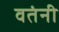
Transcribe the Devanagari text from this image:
वतंनी